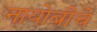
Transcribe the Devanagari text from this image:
नायोबीचे